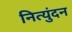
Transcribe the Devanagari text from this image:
नित्युंदन